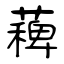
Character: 薭